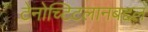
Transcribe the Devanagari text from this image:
टेनोच्टिटलानबद्दल